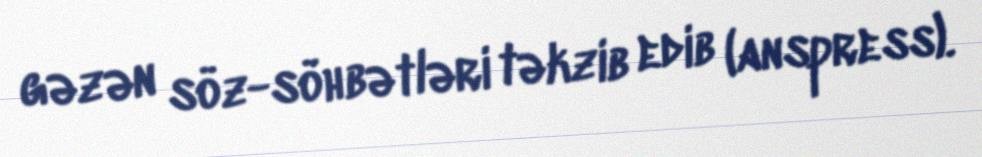
gəzən söz-söhbətləri təkzib edib (anspress).